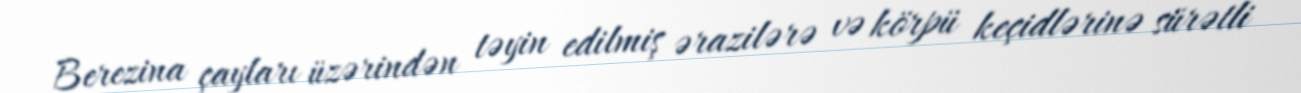
Berezina çayları üzərindən təyin edilmiş ərazilərə və körpü keçidlərinə sürətli